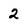
Character: 2